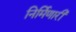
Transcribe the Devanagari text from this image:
निर्मिणारी